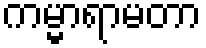
ကမ္မာရာမတာ